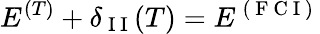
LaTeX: E^{(T)}+\delta_{\mathrm{~I~I~}}(T)=E^{\mathrm{~(~F~C~I~)~}}